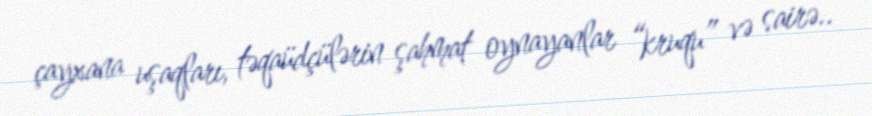
çayxana uşaqları, təqaüdçülərin şahmat oynayanlar “kruqu” və sairə..